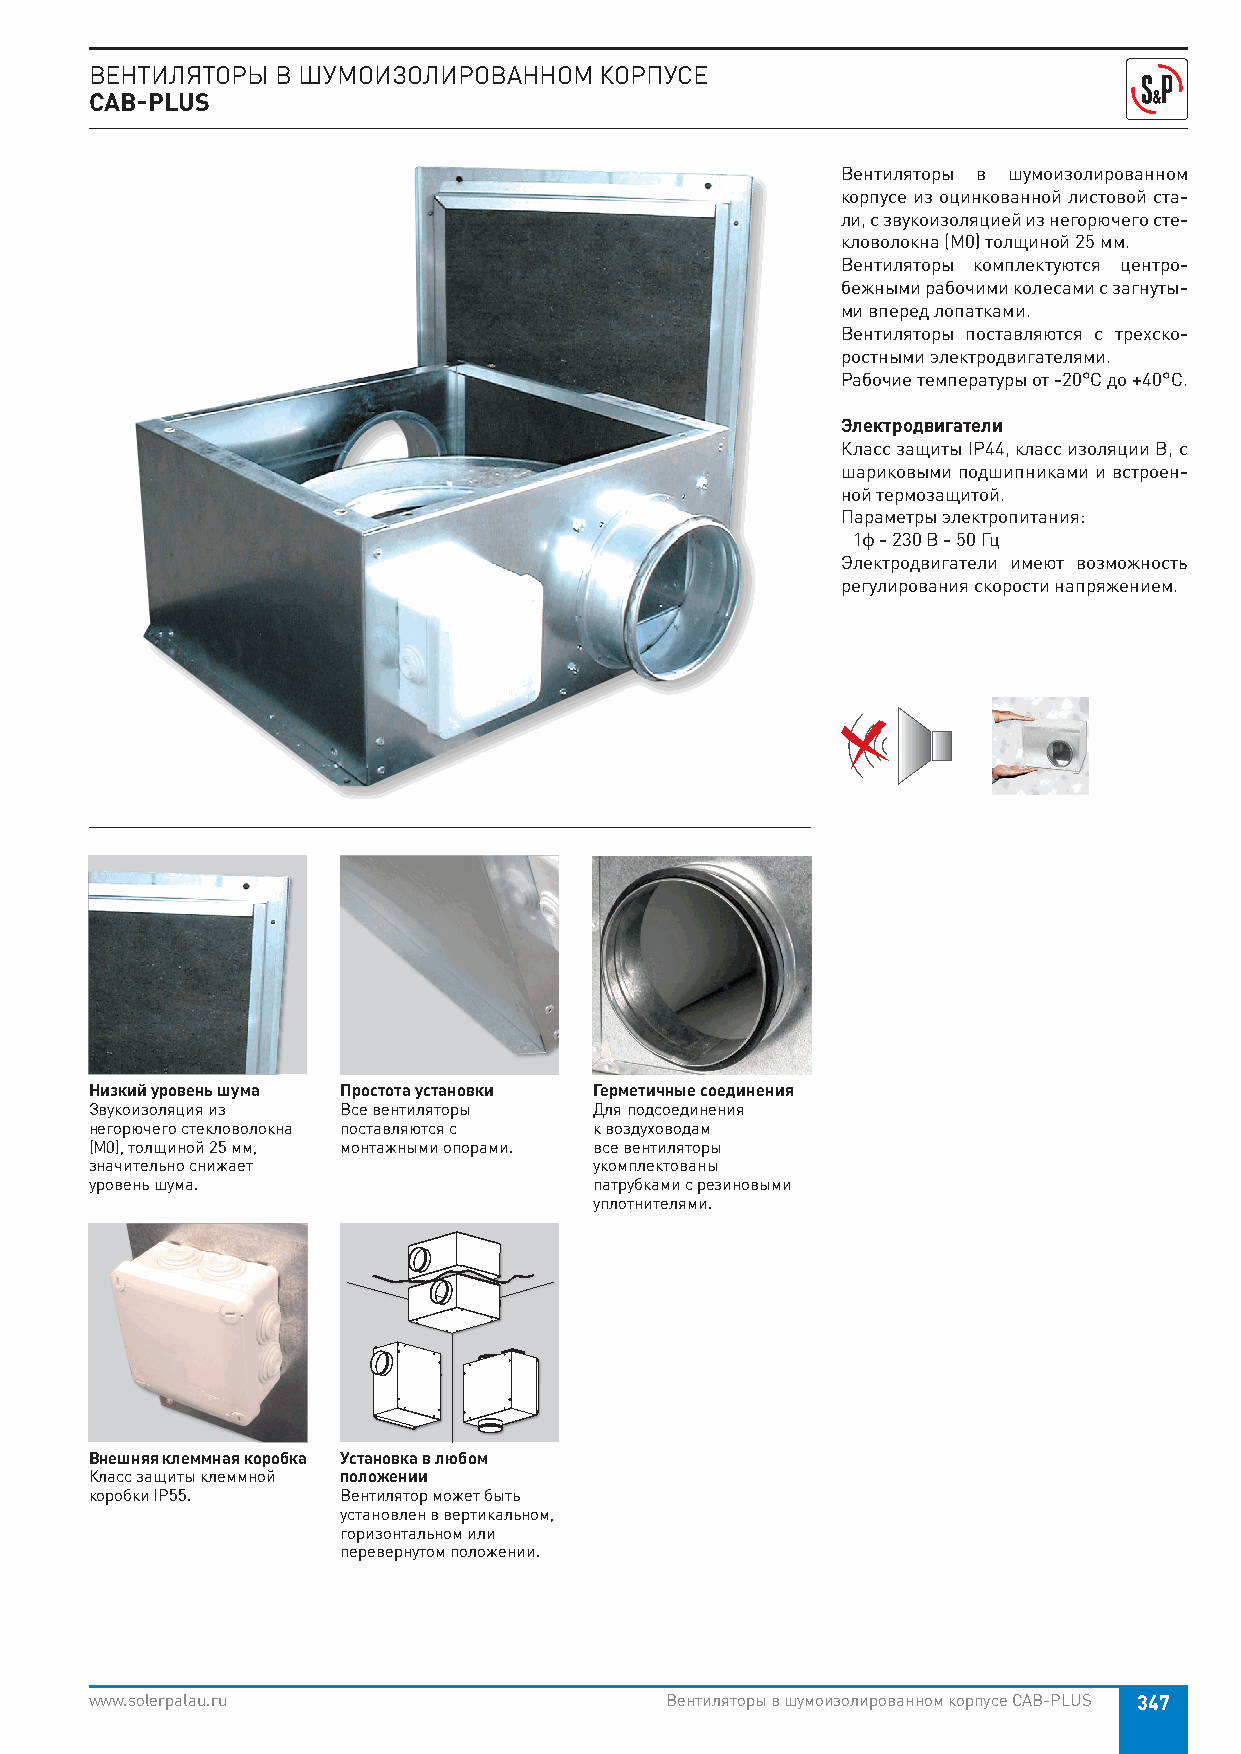
ВЕНТИЛЯТОРЫ В ШУМОИЗОЛИРОВАННОМ   КОРПУСЕ
 CAB-PLUS
 Вентиляторы в шумоизолированном
 корпусе из оцинкованной листовой ста-
 ли, с звукоизоляцией из негорючего сте-
 кловолокна (М0) толщиной 25 мм.
 Вентиляторы комплектуются центро-
 бежными рабочими колесами с загнуты-
 ми вперед лопатками.
 Вентиляторы поставляются с трехско-
 ростными электродвигателями.
 Рабочие температуры от -20°С до +40°С.
 Электродвигатели
 Класс защиты IP44, класс изоляции B, с
 шариковыми подшипниками и встроен-
 ной термозащитой.
 Параметры электропитания:
 1ф - 230 В - 50 Гц
 Электродвигатели имеют возможность
 регулирования скорости напряжением.
 Низкий уровень шума Простота установки Герметичные соединения
 Звукоизоляция из Все вентиляторы Для подсоединения
 негорючего стекловолокна поставляются с к воздуховодам
 (М0), толщиной 25 мм, монтажными опорами. все вентиляторы
 значительно снижает              укомплектованы
 уровень шума.                    патрубками с резиновыми
 уплотнителями.
 Внешняя клеммная коробка Установка в любом
 Класс защиты клеммной положении
 коробки IP55.    Вентилятор может быть
 установлен в вертикальном,
 горизонтальном или
 перевернутом положении.
 www.solerpalau.ru                     Вентиляторы в шумоизолированном корпусе CAB-PLUS 347